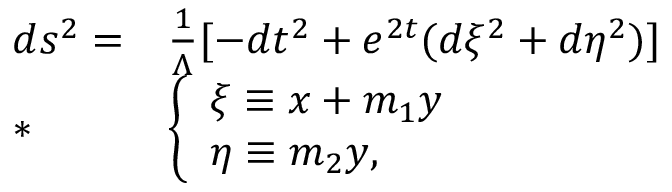
\begin{array} { l l } { { d s ^ { 2 } = } } & { { \frac { 1 } { \Lambda } [ - d t ^ { 2 } + e ^ { 2 t } ( d \xi ^ { 2 } + d \eta ^ { 2 } ) ] \nonumber } } \\ { { * } } & { { \left\{ \begin{array} { l } { { \xi \equiv x + m _ { 1 } y } } \\ { { \eta \equiv m _ { 2 } y , } } \end{array} \right. } } \end{array}